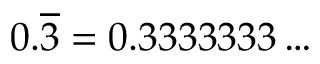
0 . { \overline { { 3 } } } = 0 . 3 3 3 3 3 3 3 \dots